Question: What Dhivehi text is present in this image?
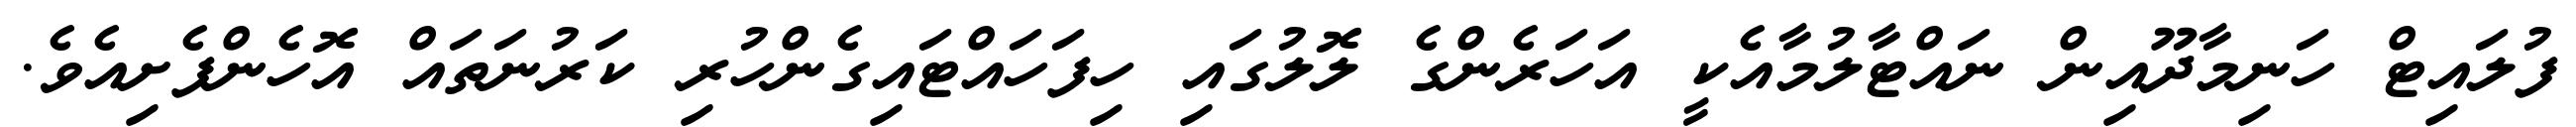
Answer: ފުލައިޓް ހަނިމާދޫއިން ނައްޓާލުމާއެކީ އަހަރެންގެ ލޮލުގައި ހިފަހައްޓައިގެންހުރި ކަރުނަތައް އޮހެންފެށިއެވެ.